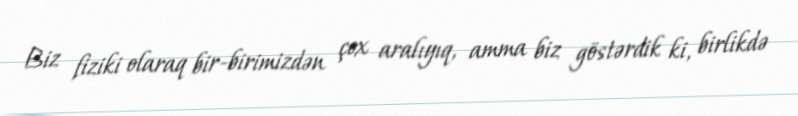
Biz fiziki olaraq bir-birimizdən çox aralıyıq, amma biz göstərdik ki, birlikdə